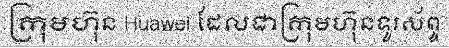
ក្រុមហ៊ុន Huawei ដែលជាក្រុមហ៊ុនទូរស័ព្ទ